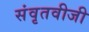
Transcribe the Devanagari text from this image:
संवृतवीजी